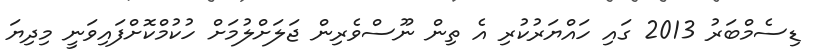
ޑިސެމްބަރު 2013 ގައި ހައްޔަރުކުރި އެ ތިން ނޫސްވެރިން ޖަލަށްލުމަށް ހުކުމްކޮށްފައިވަނީ މިދިޔަ